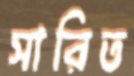
সারিত